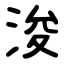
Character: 浚